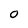
Character: O